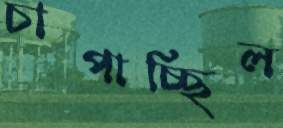
চাপাচ্ছিল